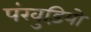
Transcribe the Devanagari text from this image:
पंखुड़ियो